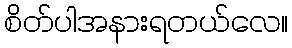
စိတ်ပါအနားရတယ်လေ။